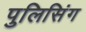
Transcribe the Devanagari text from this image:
पुलिसिंग